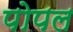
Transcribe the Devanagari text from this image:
पोपल